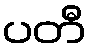
ပတီ